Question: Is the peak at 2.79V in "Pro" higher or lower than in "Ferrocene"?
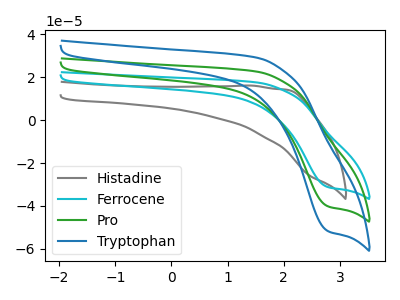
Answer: <think>The gray curve "Histadine" has no peaks. The cyan curve "Ferrocene" has a cathodic peak at: (2.80V, -31.20uA). The green curve "Pro" has a cathodic peak at: (2.80V, -40.20uA). The blue curve "Tryptophan" has a cathodic peak at: (2.80V, -80.40uA).</think>
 <answer>The peak at 2.79V is higher in "Pro" than in "Ferrocene".</answer>
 <eval>higher</eval>